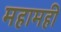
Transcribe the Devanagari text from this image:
महामही